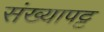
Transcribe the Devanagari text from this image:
संख्यापट्ट